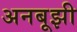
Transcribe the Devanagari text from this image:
अनबूझी